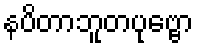
နပိတာဘူတပုဗ္ဗော